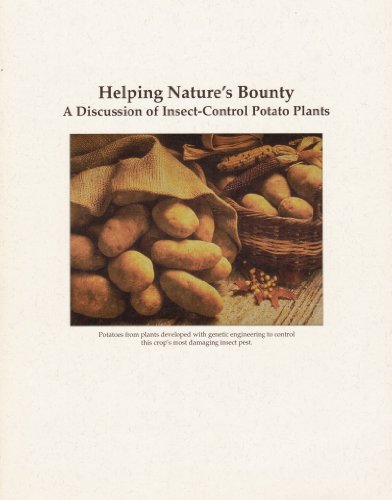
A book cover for Helping Nature's Bounty: A Discussion of Insect-Control Potato Plants; Nancy Camp; Health, Fitness & Dieting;